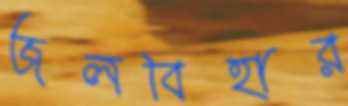
জলবিহার